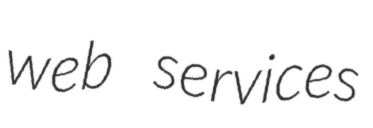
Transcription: web services